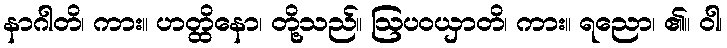
နာဂါတိ၊ ကား။ ဟတ္ထိနော၊ တို့သည်။ ဩပဝယှာတိ၊ ကား။ ရညော၊ ၏။ ဝါ၊